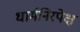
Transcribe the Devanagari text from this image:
धार्मनिरपेक्ष